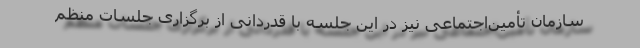
سازمان تأمین‌اجتماعی نیز در این جلسه با قدردانی از برگزاری جلسات منظم